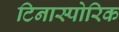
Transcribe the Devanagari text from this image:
टिनास्पोरिक